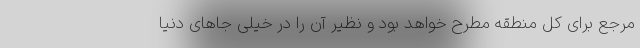
مرجع برای کل منطقه مطرح خواهد بود و نظیر آن را در خیلی جاهای دنیا